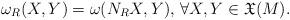
LaTeX: \begin{align*} \omega_R(X,Y)=\omega(N_RX,Y),\,\forall X,Y\in\mathfrak{X}(M).\end{align*}